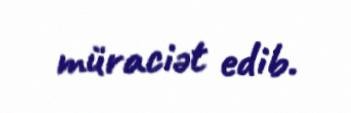
müraciət edib.